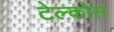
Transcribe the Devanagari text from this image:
टेल्कोस